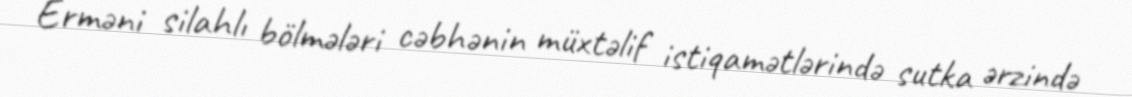
Erməni silahlı bölmələri cəbhənin müxtəlif istiqamətlərində sutka ərzində